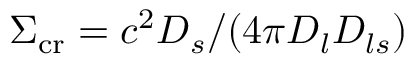
\Sigma _ { \mathrm { c r } } = c ^ { 2 } D _ { s } / ( 4 \pi D _ { l } D _ { l s } )